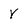
Character: Y